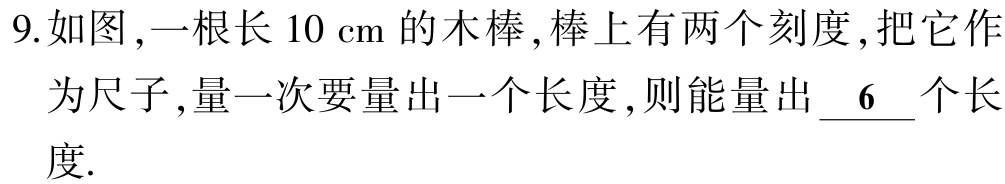
9.如图,一根长 \(10\mathrm{cm}\) 的木棒,棒上有两个刻度,把它作为尺子,量一次要量出一个长度,则能量出 \(\underline{6}\) 个长度.